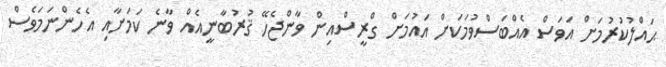
ޙައްލުކުރުމަށް އަވަސް އެއްބަސްވުމަކަށް އައުމަށް ގްރީސްއިން ވާންޖެހޭ ޤުރުބާނީއެއް ވާނެ ކަމަށާއި އެހެންނަމަވެސް